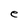
Character: e